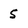
Character: 5